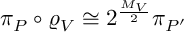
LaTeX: \pi _ { P } \circ \varrho _ { V } \cong 2 ^ { \frac { M _ { V } } { 2 } } \pi _ { P ^ { \prime } }